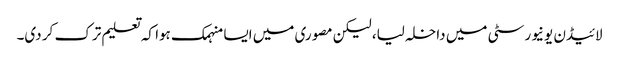
لائیڈن یونیورسٹی میں داخلہ لیا، لیکن مصوری میں ایسا منہمک ہوا کہ تعلیم ترک کر دی۔